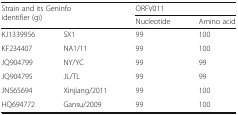
| <ROWSPAN=2-COLSPAN=2> Strain and its Geninfo identifier (gi) | <COLSPAN=2> ORFV011 |
 | Nucleotide | Amino acid |
 | --- | --- | --- | --- |
 | KJ1339956 | SX1 | 99 | 100 |
 | KF234407 | NA1/11 | 99 | 100 |
 | JQ904799 | NY/YC | 99 | 99 |
 | JQ904795 | JL/TL | 99 | 99 |
 | JN565694 | Xinjiang/2011 | 99 | 100 |
 | HQ694772 | Gansu/2009 | 99 | 100 |